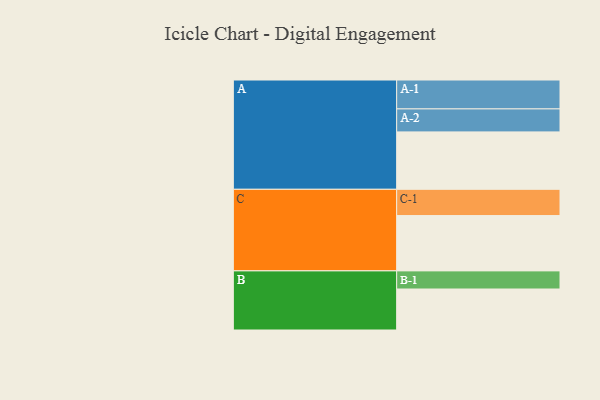
{"axis": {"x": "Segment", "y": "Value"}, "legend": ["", "A", "B", "C"], "data": [{"x": "A", "y": 437, "type": ""}, {"x": "B", "y": 312, "type": ""}, {"x": "C", "y": 421, "type": ""}, {"x": "A-1", "y": 220, "type": "A"}, {"x": "A-2", "y": 175, "type": "A"}, {"x": "B-1", "y": 138, "type": "B"}, {"x": "C-1", "y": 200, "type": "C"}]}